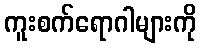
ကူးစက်ရောဂါများကို